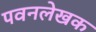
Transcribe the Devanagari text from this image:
पवनलेखक